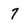
Character: 7